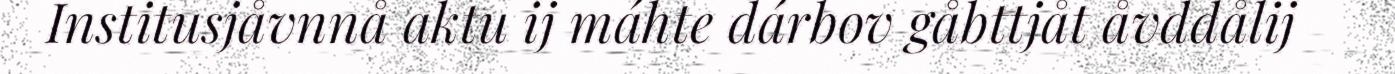
Institusjåvnnå aktu ij máhte dárbov gåbttjåt åvddålij